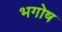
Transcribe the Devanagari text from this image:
भगोष